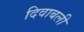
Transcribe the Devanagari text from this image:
दिवाबली